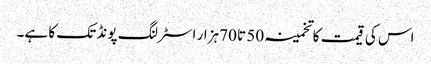
اس کی قیمت کا تخمینہ 50 تا 70ہزار اسٹرلنگ پونڈ تک کا ہے۔